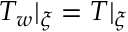
T _ { w } \vert _ { \xi } = T \vert _ { \xi }